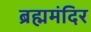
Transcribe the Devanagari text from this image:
ब्रह्ममंदिर